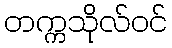
တက္ကသိုလ်ဝင်